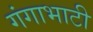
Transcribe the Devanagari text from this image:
गंगाभाटी